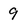
Character: 9